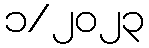
၁/၂၀၂၃